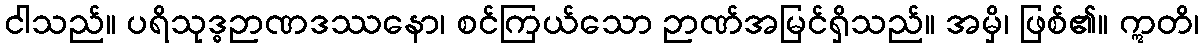
ငါသည်။ ပရိသုဒ္ဓဉာဏဒဿနော၊ စင်ကြယ်သော ဉာဏ်အမြင်ရှိသည်။ အမှိ၊ ဖြစ်၏။ ဣတိ၊